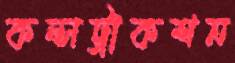
কন্সট্রাকশন